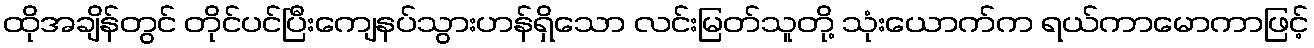
ထိုအချိန်တွင် တိုင်ပင်ပြီးကျေနပ်သွားဟန်ရှိသော လင်းမြတ်သူတို့ သုံးယောက်က ရယ်ကာမောကာဖြင့်